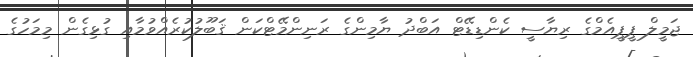
ޖަމީލް ޕީޕީއެމްގެ ރިޔާސީ ކެންޑިޑޭޓް އަބްދު ޔާމިންގެ ރަނިންމޭޓްކަން ޤަބޫލުކުރެއްވުމާއި ގުޅިގެން މިމަހުގެ